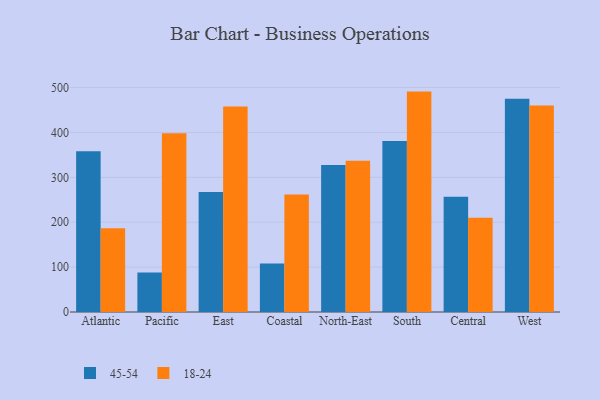
{"axis": {"x": "Region", "y": "Inventory Turnover"}, "legend": ["18-24", "45-54"], "data": [{"x": "Atlantic", "y": 358.2, "type": "45-54"}, {"x": "Atlantic", "y": 186.8, "type": "18-24"}, {"x": "Pacific", "y": 88.2, "type": "45-54"}, {"x": "Pacific", "y": 398.2, "type": "18-24"}, {"x": "East", "y": 267.3, "type": "45-54"}, {"x": "East", "y": 457.7, "type": "18-24"}, {"x": "Coastal", "y": 107.8, "type": "45-54"}, {"x": "Coastal", "y": 261.7, "type": "18-24"}, {"x": "North-East", "y": 327.6, "type": "45-54"}, {"x": "North-East", "y": 336.9, "type": "18-24"}, {"x": "South", "y": 381.2, "type": "45-54"}, {"x": "South", "y": 491.0, "type": "18-24"}, {"x": "Central", "y": 256.9, "type": "45-54"}, {"x": "Central", "y": 210.0, "type": "18-24"}, {"x": "West", "y": 474.8, "type": "45-54"}, {"x": "West", "y": 460.0, "type": "18-24"}]}